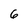
Character: 6